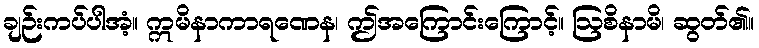
ချဉ်းကပ်ပါအံ့။ ဣမိနာကာရဏေန၊ ဤအကြောင်းကြောင့်။ ဩစိနာမိ၊ ဆွတ်၏။